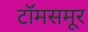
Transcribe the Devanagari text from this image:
टॉमसमूर